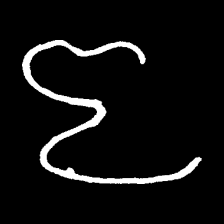
Pyu character \u2014 Myanmar letter: ဇ (romanized: ja)